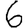
Digit: 6